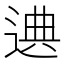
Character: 𰻁